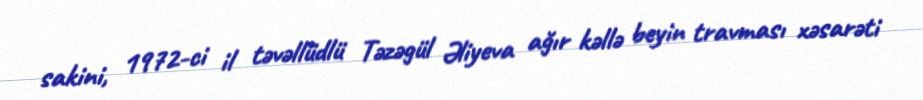
sakini, 1972-ci il təvəllüdlü Təzəgül Əliyeva ağır kəllə beyin travması xəsarəti